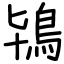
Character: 鴇